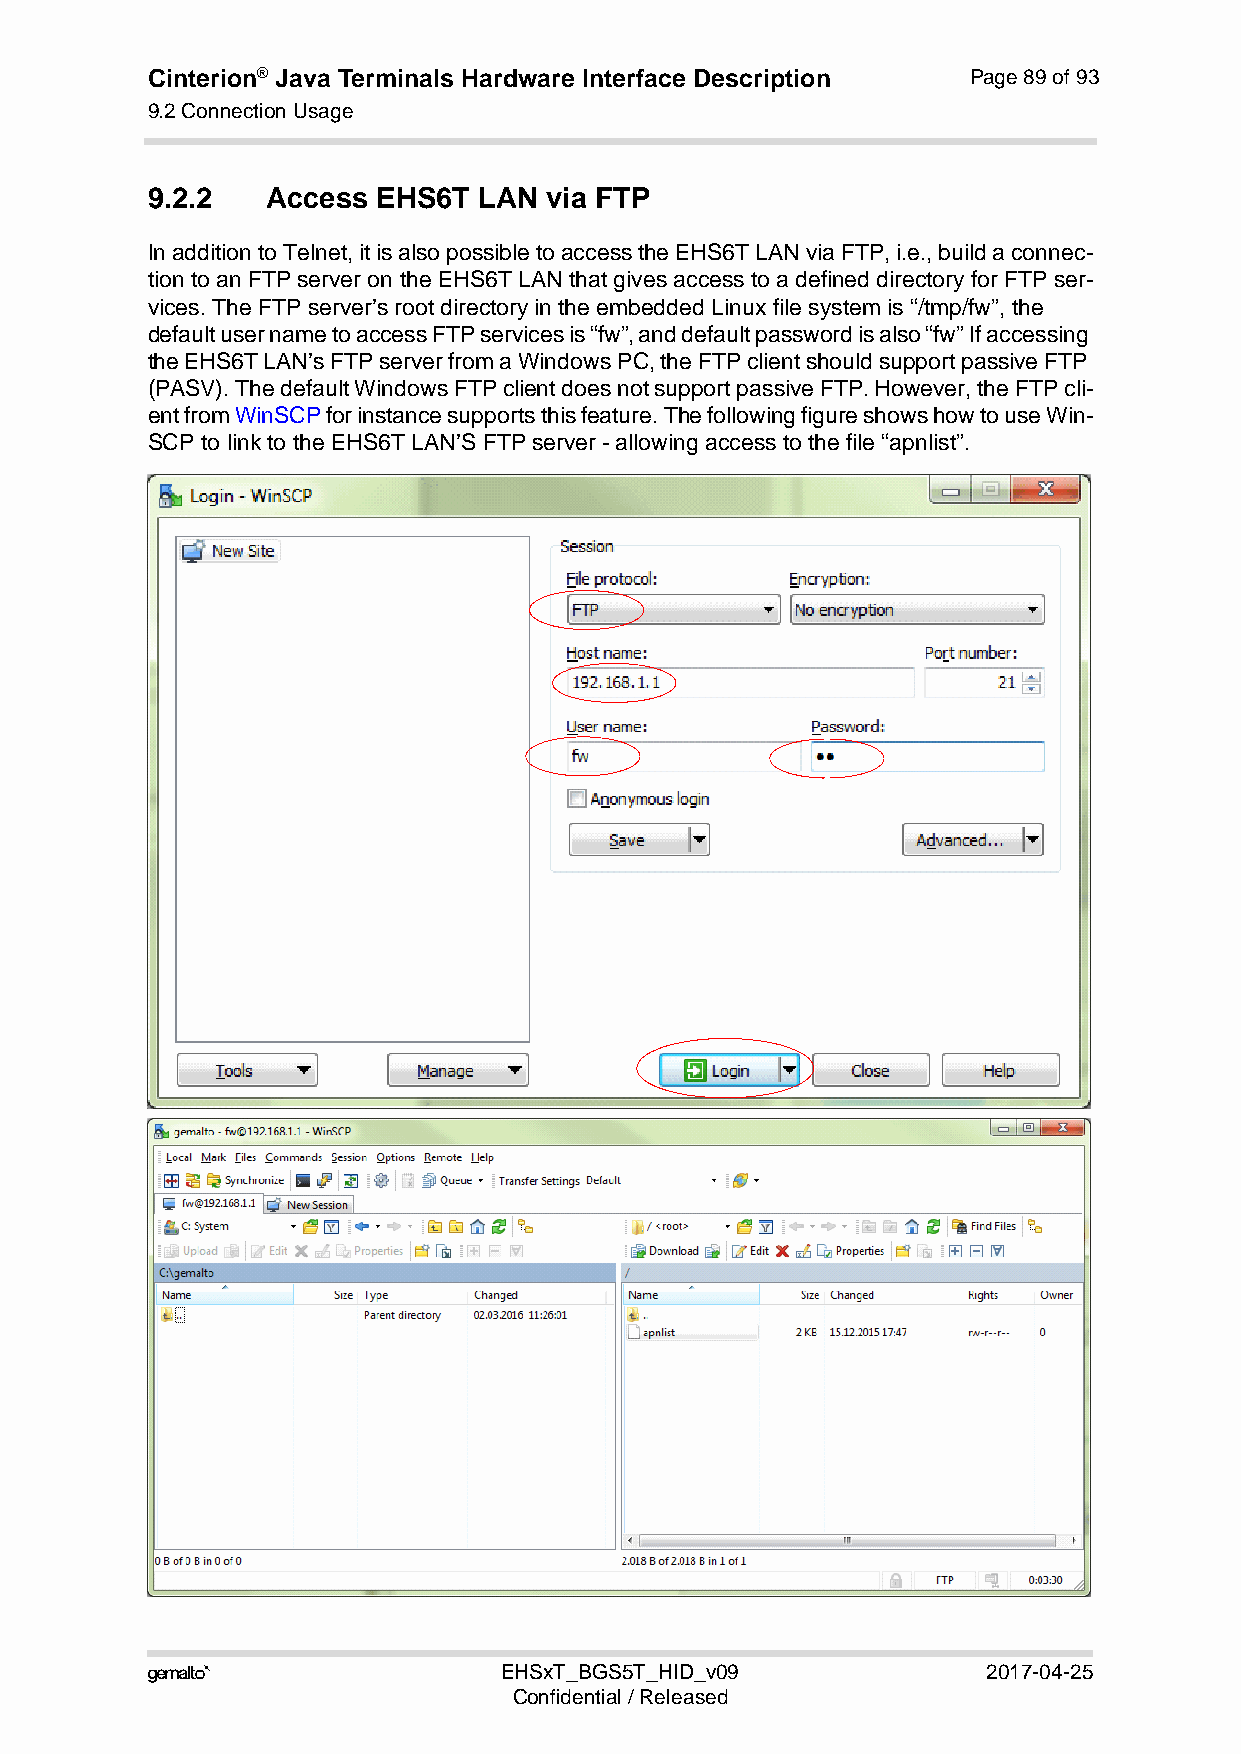
Cinterion® Java Terminals Hardware Interface Description Page 89 of 93
 9.2 Connection Usage
 92
 9.2.2   Access EHS6T  LAN via FTP
 In addition to Telnet, it is also possible to access the EHS6T LAN via FTP, i.e., build a connec-
 tion to an FTP server on the EHS6T LAN that gives access to a defined directory for FTP ser-
 vices. The FTP server’s root directory in the embedded Linux file system is “/tmp/fw”, the
 default user name to access FTP services is “fw”, and default password is also “fw” If accessing
 the EHS6T LAN’s FTP server from a Windows PC, the FTP client should support passive FTP
 (PASV). The default Windows FTP client does not support passive FTP. However, the FTP cli-
 ent from WinSCP for instance supports this feature. The following figure shows how to use Win-
 SCP to link to the EHS6T LAN’S FTP server - allowing access to the file “apnlist”.
                       EHSxT_BGS5T_HID_v09             2017-04-25
 Confidential / Released